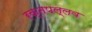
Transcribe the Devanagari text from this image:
रक्तपल्लव